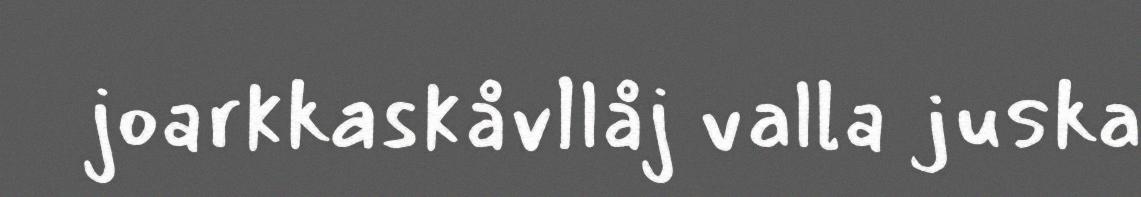
joarkkaskåvllåj valla juska